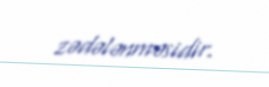
zədələnməsidir.